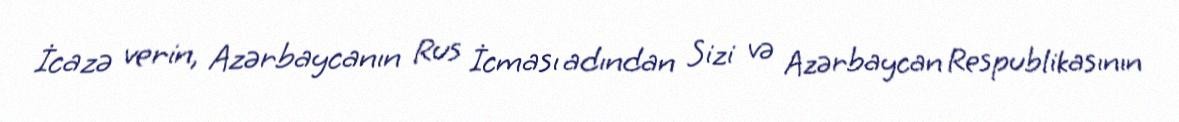
İcazə verin, Azərbaycanın Rus İcması adından Sizi və Azərbaycan Respublikasının